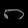
Digit: ၈